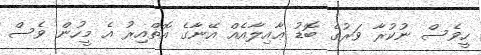
ހީވެސް ނުކުރާ ވަރުގެ ބޮޑު ޢާއިލާއެއް އޭނާގެ އޮތްއިރު އެ މީހުން ވެސް